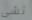
تشى